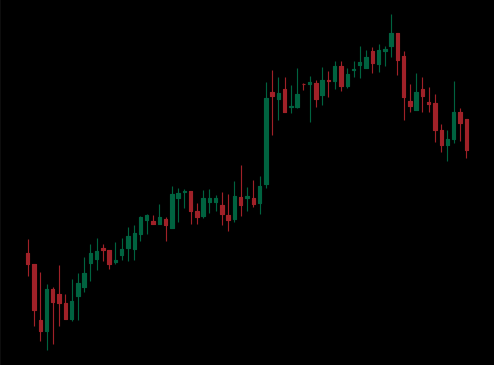
Pattern: bear_flag